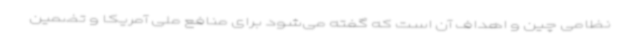
نظامی چین و اهداف آن است که گفته می‌شود برای منافع ملی آمریکا و تضمین